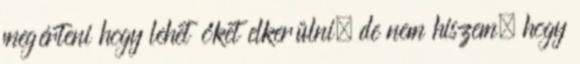
megérteni hogy lehet őket elkerülni, de nem hiszem, hogy